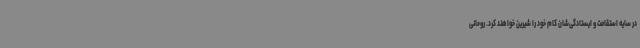
در سایه استقامت و ایستادگی‌شان کام خود را شیرین خواهند کرد. روحانی